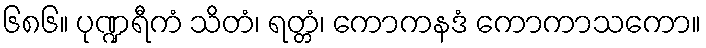
၆၈၆။ ပုဏ္ဍရီကံ သိတံ၊ ရတ္တံ၊ ကောကနဒံ ကောကာသကော။